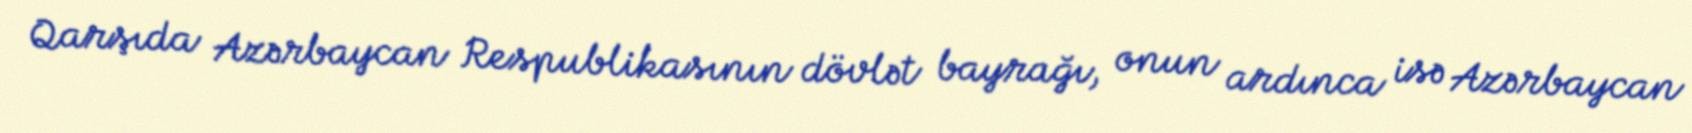
Qarşıda Azərbaycan Respublikasının dövlət bayrağı, onun ardınca isə Azərbaycan